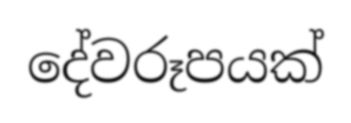
දේවරූපයක්